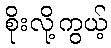
စိုးလို့ကွယ့်